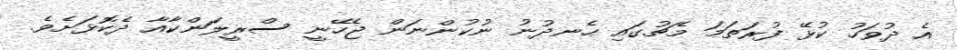
އެ ދުވަހު ކުޅޭ ފުރަތަމަ މެޗުގައި ހެނދުނު ނުކުންނަން ޖެހޭނީ ސްރީލަންކާއާާ ދެކޮޅަށެވެ.